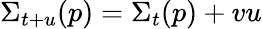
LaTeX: \Sigma_{t+u}(p)=\Sigma_{t}(p)+vu